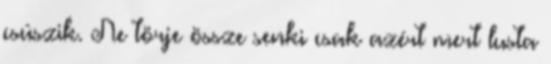
csúszik. Ne törje össze senki csak azért mert lusta